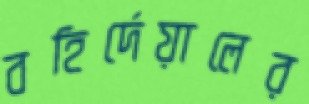
বহির্দেয়ালের